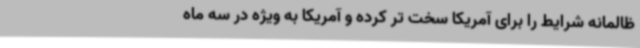
ظالمانه شرایط را برای آمریکا سخت تر کرده و آمریکا به ویژه در سه ماه